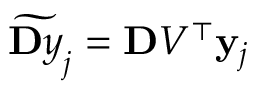
\widetilde { \ensuremath Ḋ \mathbf Ḋ y Ḍ Ḍ } _ { j } = \ensuremath { \mathbf Ḋ V Ḍ } ^ { \top } \mathbf { y } _ { j }